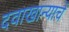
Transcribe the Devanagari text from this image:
दवाखान्याचे